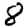
Digit: 8